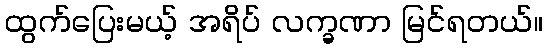
ထွက်ပြေးမယ့် အရိပ် လက္ခဏာ မြင်ရတယ်။